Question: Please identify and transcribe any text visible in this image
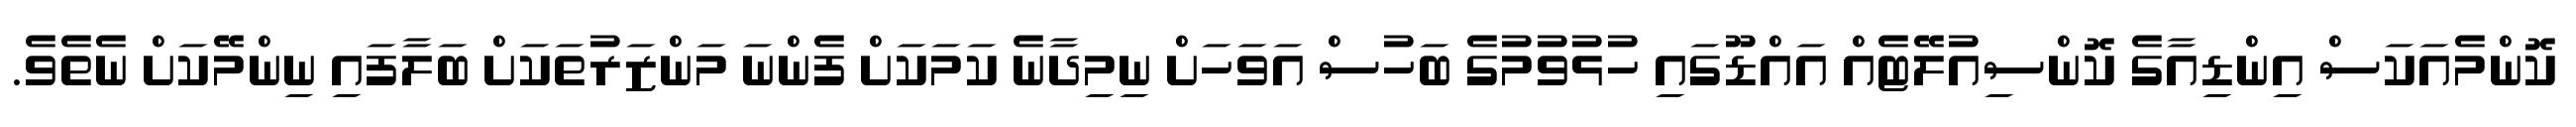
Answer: ކޮންމެއަކަސް އިންޑިއާގެ ކޮންސިއުލޭޓެއް އައްޑޫގައި ހުޅުވުމުގެ ބަހުސް އަވަހަށް ނިމިދާނެ ކަމަކަށް ފެންނަ މަންޒަރުތަކަށް ބަލާފައި ނިންމޭކަށް ނެތެވެ.